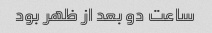
ساعت دو بعد از ظهر بود